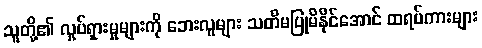
သူတို့၏ လှုပ်ရှားမှုများကို ဘေးလူများ သတိမပြုမိနိုင်အောင် ထရပ်ကားများ